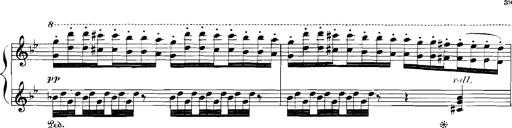
Title: Rhapsodies hongroises
Composer: Franz Liszt